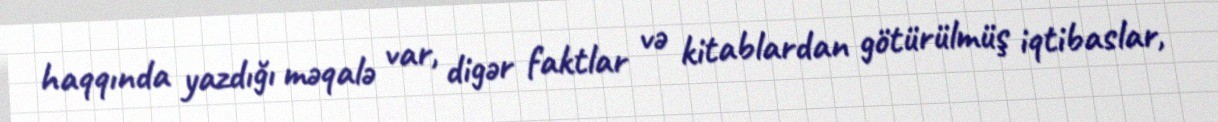
haqqında yazdığı məqalə var, digər faktlar və kitablardan götürülmüş iqtibaslar,